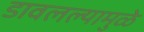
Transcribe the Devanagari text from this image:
डावलल्यामुळे